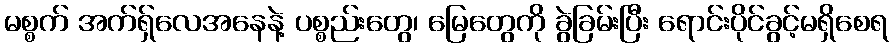
မစ္စက် အက်ရှ်လေအနေနဲ့ ပစ္စည်းတွေ၊ မြေတွေကို ခွဲခြမ်းပြီး ရောင်းပိုင်ခွင့်မရှိစေရ